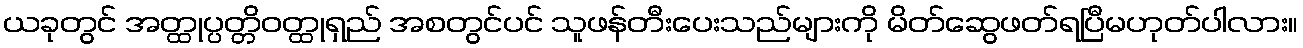
ယခုတွင် အတ္ထုပ္ပတ္တိဝတ္ထုရှည် အစတွင်ပင် သူဖန်တီးပေးသည်များကို မိတ်ဆွေဖတ်ရပြီမဟုတ်ပါလား။